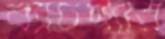
ব্যাচপ্যার